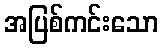
အပြစ်ကင်းသော